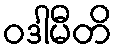
ဝဒါမီတိ